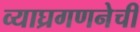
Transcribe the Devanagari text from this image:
व्याघ्रगणनेची